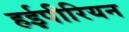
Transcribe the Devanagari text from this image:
हईपीरियन